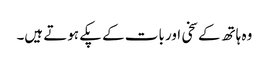
وہ ہاتھ کے سخی اور بات کے پکے ہوتے ہیں۔